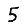
Digit: 5